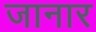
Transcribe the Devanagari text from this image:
जानार